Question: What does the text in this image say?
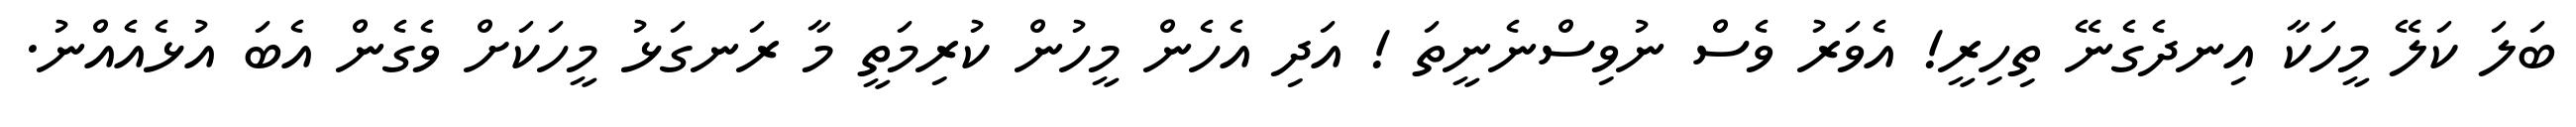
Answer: ބަލަ ކަލޭ މީހަކާ އިނދެގެނޭ ތިހިރީ! އެވަރު ވެސް ނުވިސްނެނީތަ ! އަދި އެހެން މީހުން ކުރިމަތީ މާ ރަނގަޅު މީހަކަށް ވެގެން އެބަ އުޅެއެއްނު.